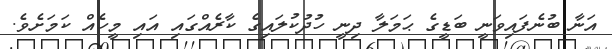
އަނާ ބުނެފައިވަނީ ބަޑީގެ ޙަމަލާ ދިނީ ހުދުކުލައިގެ ކާރެއްގައި އައި މީހެއް ކަމަށެވެ.